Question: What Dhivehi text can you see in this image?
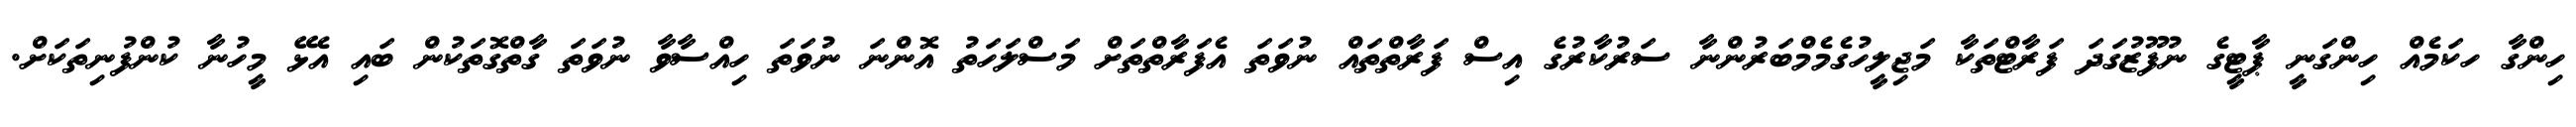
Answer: ހިންގާ ހކަމެއް ހިންގަނީ ޕާޓީގެ ނުފޫޒުގަދަ ފަރާޓްތަކާ މަޖިލީހުގެމެމްބަރުންނާ ސަރުކާރުގެ އިސް ފަރާތްތައް ނުވަތަ އެފަރާތްތަށް މަސްލަހަތު އޮންނަ ނުވަތަ ހިއްސާވާ ނުވަތަ ގާތްގޮތަކުން ބައި އެޅޭ މީހުނާ ކުންފުނިތަކަށް.